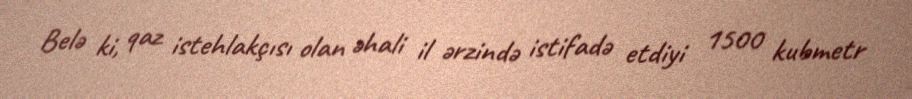
Belə ki, qaz istehlakçısı olan əhali il ərzində istifadə etdiyi 1500 kubmetr